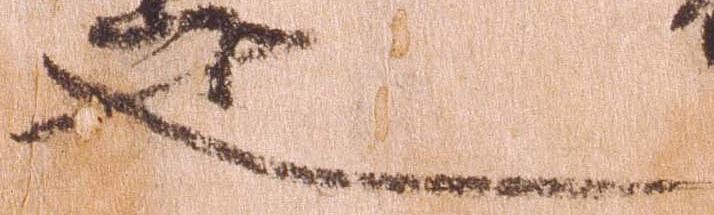
也